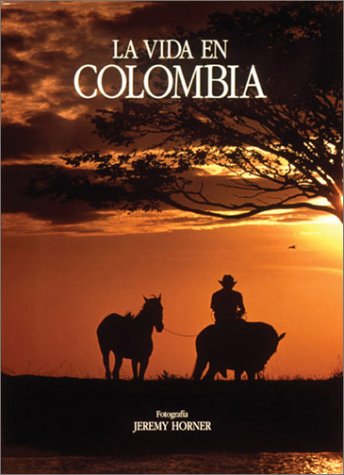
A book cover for La vida en Colombia; Jeremy Horner; Travel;